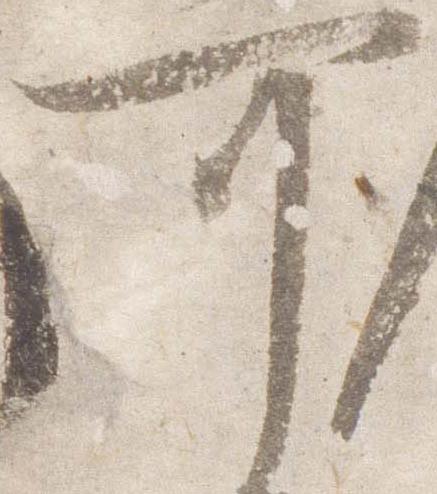
可